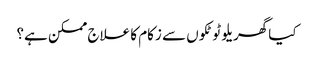
کیا گھریلو ٹوٹکوں سے زکام کا علاج ممکن ہے؟